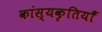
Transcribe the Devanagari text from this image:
कांस्यकृतियाँ